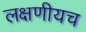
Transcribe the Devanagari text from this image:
लक्षणीयच